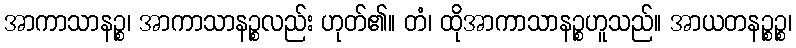
အာကာသာနဉ္စ၊ အာကာသာနဉ္စလည်း ဟုတ်၏။ တံ၊ ထိုအာကာသာနဉ္စဟူသည်။ အာယတနဉ္စဉ္စ၊